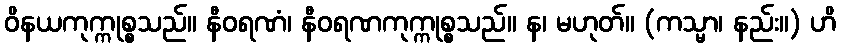
ဝိနယကုက္ကုစ္စသည်။ နီဝရဏံ၊ နီဝရဏကုက္ကုစ္စသည်။ န၊ မဟုတ်။ (ကသ္မာ၊ နည်း။) ဟိ